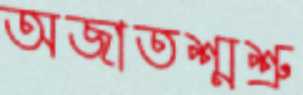
অজাতশ্মশ্রু